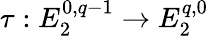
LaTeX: \tau:E_{2}^{0,q-1}\to E_{2}^{q,0}